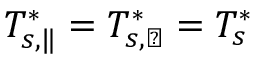
T _ { s , \| } ^ { * } = T _ { s , \perp } ^ { * } = T _ { s } ^ { * }